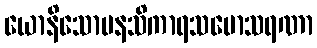
ယောနိသောမနသိကာရသမောသရဏာ